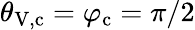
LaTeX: \theta_{\mathrm{V,c}}=\varphi_{\mathrm{c}}=\pi/2